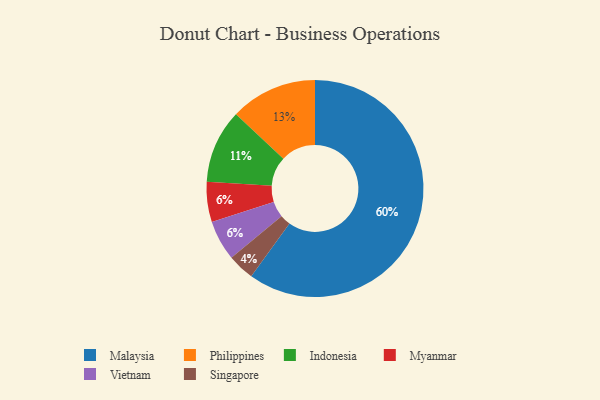
{"axis": {"x": "Category", "y": "Percentage"}, "legend": ["Indonesia", "Malaysia", "Myanmar", "Philippines", "Singapore", "Vietnam"], "data": [{"x": "Myanmar", "y": 6, "type": "Myanmar"}, {"x": "Malaysia", "y": 60, "type": "Malaysia"}, {"x": "Indonesia", "y": 11, "type": "Indonesia"}, {"x": "Singapore", "y": 4, "type": "Singapore"}, {"x": "Vietnam", "y": 6, "type": "Vietnam"}, {"x": "Philippines", "y": 13, "type": "Philippines"}]}